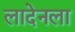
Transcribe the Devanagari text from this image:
लादेनला